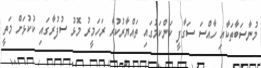
މުނާސަބާތަކާއި ހާއްސަ ސަގާފީ ކަންކަމުގައި ތައްޔާރުކުރާ ރަހަމީރު މޮޅު ސުފުރާގައި ކުކުޅަށް މަތީ